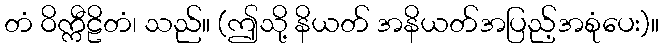
တံ ဝိက္ကီဠိတံ၊ သည်။ (ဤသို့ နိယတ် အနိယတ်အပြည့်အစုံပေး)။